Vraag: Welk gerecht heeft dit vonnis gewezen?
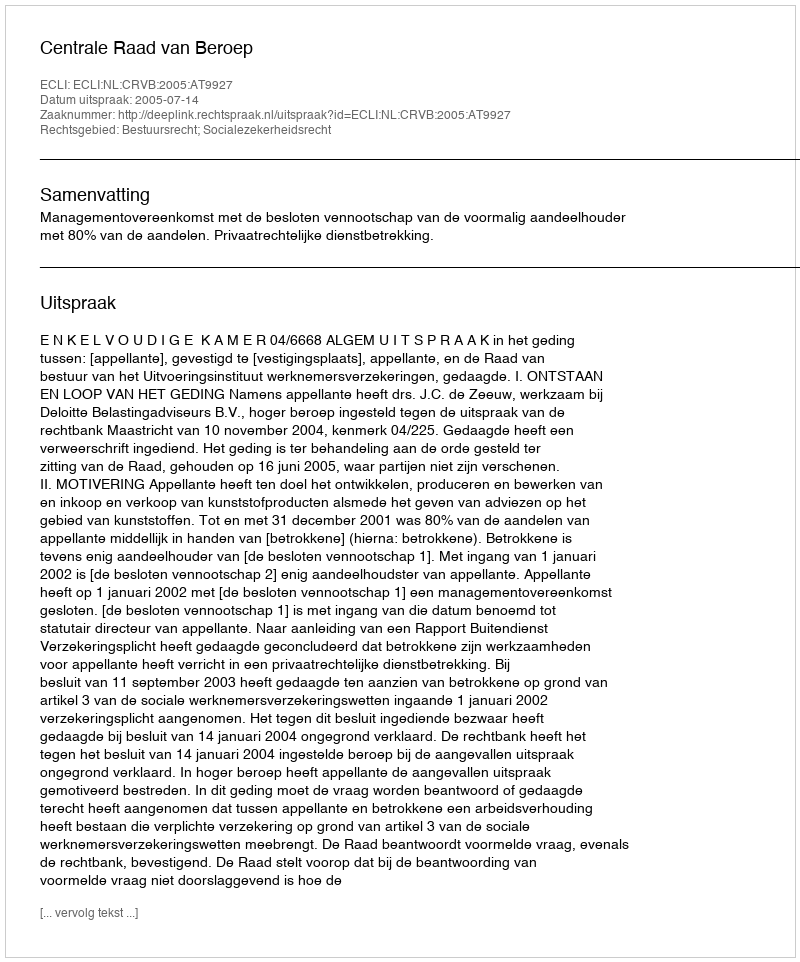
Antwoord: Centrale Raad van Beroep